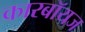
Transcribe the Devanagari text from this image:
कारबॉयज